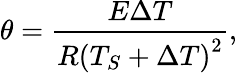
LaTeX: \theta=\frac{E\Delta T}{R\left(T_{S}+\Delta T\right)^{2}},